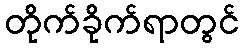
တိုက်ခိုက်ရာတွင်